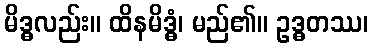
မိဒ္ဓလည်း။ ထိနမိဒ္ဓံ၊ မည်၏။ ဥဒ္ဓတဿ၊